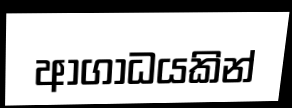
ආගාධයකින්